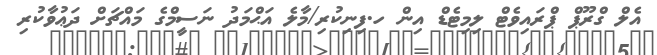
އެލް ގްރޫޕް ޕްރައިވެޓް ލިމިޓެޑް އިން ހ.ފިނިކުރި/މާލެ އަޙްމަދު ނަސީމްގެ މައްޗަށް ދަޢުވާކުރި